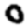
Digit: 0